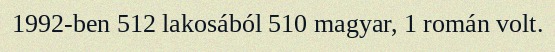
1992-ben 512 lakosából 510 magyar, 1 román volt.